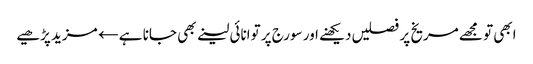
ابھی تو مجھے مریخ پر فصلیں دیکھنے اور سورج پر توانائی لینے بھی جانا ہے← مزید پڑھیے